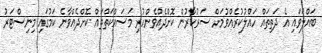
ބައްލަވައި އެ ދަތިތައް ހައްލުކުރެއްވުމަށް ސަރުކާރުން ކޮށްދެއްވެންހުރި މަސައްކަތްތައް ކޮށްދެއްވާނެ ކަމުގައި މިނިސްޓަރު